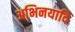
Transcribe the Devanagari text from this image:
अभिनयादि